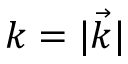
k = | \vec { k } |